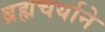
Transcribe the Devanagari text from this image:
ब्रह्मचर्याने